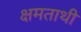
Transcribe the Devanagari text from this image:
क्षमताथी